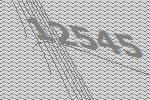
12545